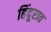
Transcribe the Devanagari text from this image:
हिंदूराव